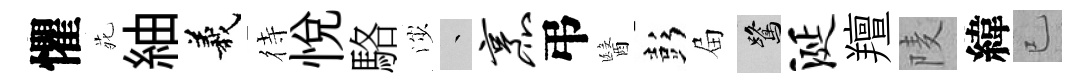
懼𫟍紬義待悦駱渉叢烹弔醫彭屇鷺涎羶𨹧緯已